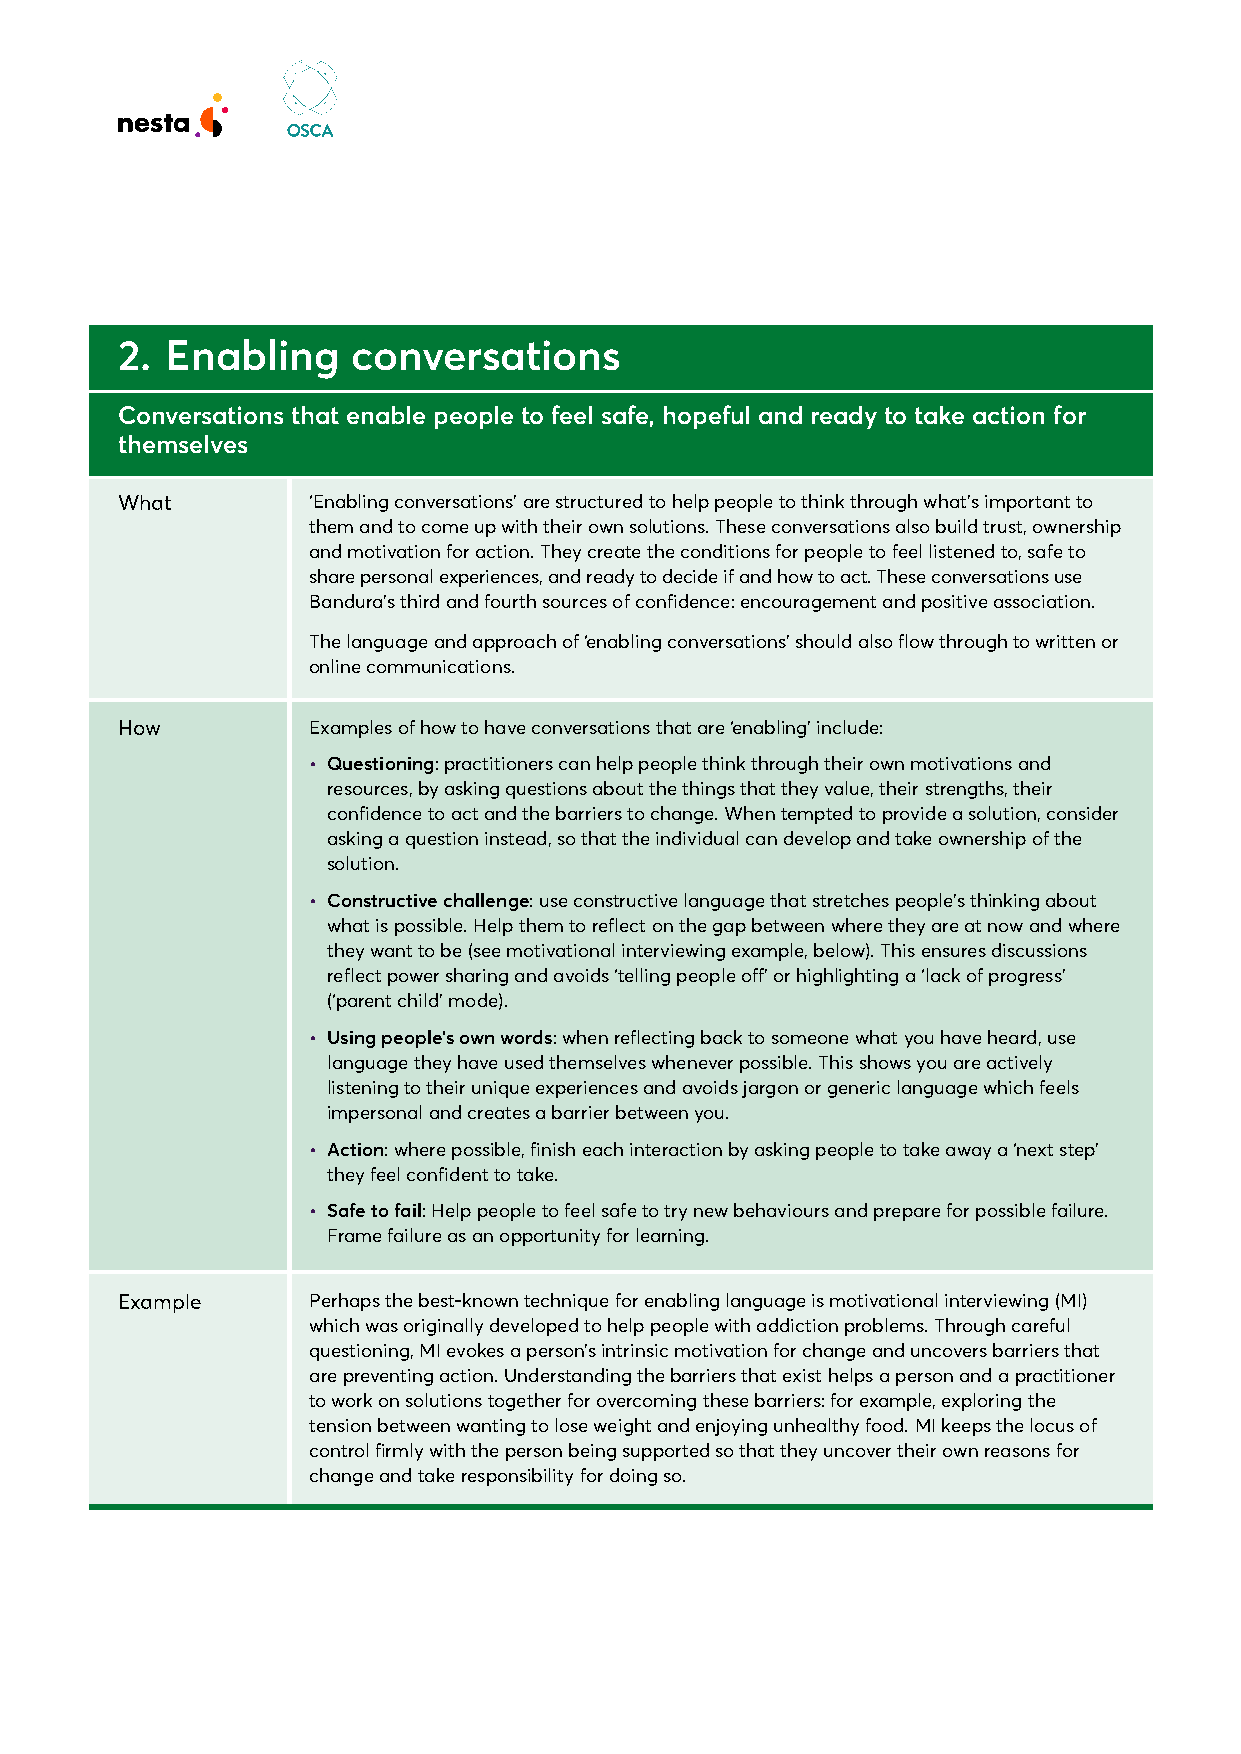
2. Enabling    conversations
 Conversations that enable people to feel safe, hopeful and ready to take action for
 themselves
 What        ‘Enabling conversations’ are structured to help people to think through what’s important to
 them and to come up with their own solutions. These conversations also build trust, ownership
 and motivation for action. They create the conditions for people to feel listened to, safe to
 share personal experiences, and ready to decide if and how to act. These conversations use
 Bandura’s third and fourth sources of confidence: encouragement and positive association.
 The language and approach of ‘enabling conversations’ should also flow through to written or
 online communications.
 How         Examples of how to have conversations that are ‘enabling’ include:
 • Questioning: practitioners can help people think through their own motivations and
 resources, by asking questions about the things that they value, their strengths, their
 confidence to act and the barriers to change. When tempted to provide a solution, consider
 asking a question instead, so that the individual can develop and take ownership of the
 solution.
 • Constructive challenge: use constructive language that stretches people’s thinking about
 what is possible. Help them to reflect on the gap between where they are at now and where
 they want to be (see motivational interviewing example, below). This ensures discussions
 reflect power sharing and avoids ‘telling people off’ or highlighting a ‘lack of progress’
 (‘parent child’ mode).
 • Using people’s own words: when reflecting back to someone what you have heard, use
 language they have used themselves whenever possible. This shows you are actively
 listening to their unique experiences and avoids jargon or generic language which feels
 impersonal and creates a barrier between you.
 • Action: where possible, finish each interaction by asking people to take away a ‘next step’
 they feel confident to take.
 • Safe to fail: Help people to feel safe to try new behaviours and prepare for possible failure.
 Frame failure as an opportunity for learning.
 Example     Perhaps the best-known technique for enabling language is motivational interviewing (MI)
 which was originally developed to help people with addiction problems. Through careful
 questioning, MI evokes a person’s intrinsic motivation for change and uncovers barriers that
 are preventing action. Understanding the barriers that exist helps a person and a practitioner
 to work on solutions together for overcoming these barriers: for example, exploring the
 tension between wanting to lose weight and enjoying unhealthy food. MI keeps the locus of
 control firmly with the person being supported so that they uncover their own reasons for
 change and take responsibility for doing so.